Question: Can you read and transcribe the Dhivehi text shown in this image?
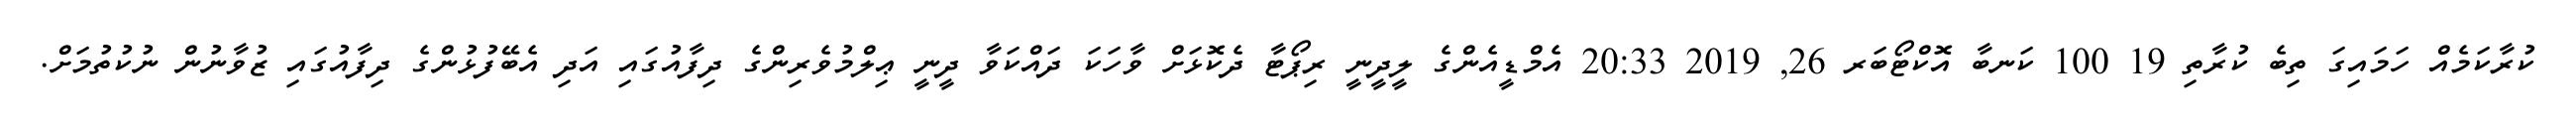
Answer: ކުރާކަމެއް ހަމައިގަ ތިބެ ކުރާތި 19 100 ކަނބާ އޮކްޓޯބަރ 26, 2019 20:33 އެމްޑީއެންގެ ލީދީނީ ރިޕޯޓާ ދެކޮޅަށް ވާހަކަ ދައްކަވާ ދީނީ ޢިލްމުވެރިންގެ ދިފާއުގައި އަދި އެބޭފުޅުންގެ ދިފާއުގައި ޒުވާނުން ނުކުތުމަށް.